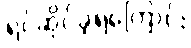
ရင်ဆိုင်ခဲ့ရကြောင်း